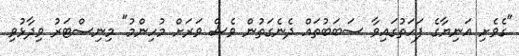
"ގެވެށި އަނިޔާގެ ފަހަތުގައިވާ ސަބަބުތައް ދެނެގަތުން ވެސް ވަރަށް މުހިންމު" މިނިސްޓަރު ވިދާޅުވި